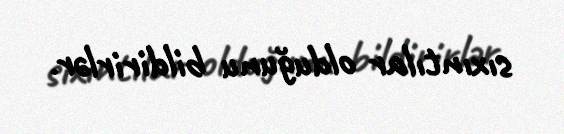
sıxıntılar olduğunu bildirirlər.